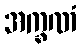
အက္ခဏံ